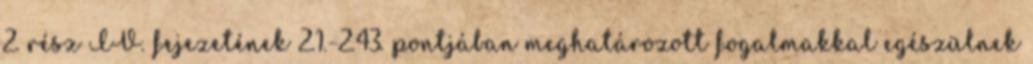
2. rész IV. fejezetének 2.1.-2.43. pontjában meghatározott fogalmakkal egészülnek